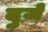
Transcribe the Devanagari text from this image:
दुजें